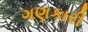
ગણકારી